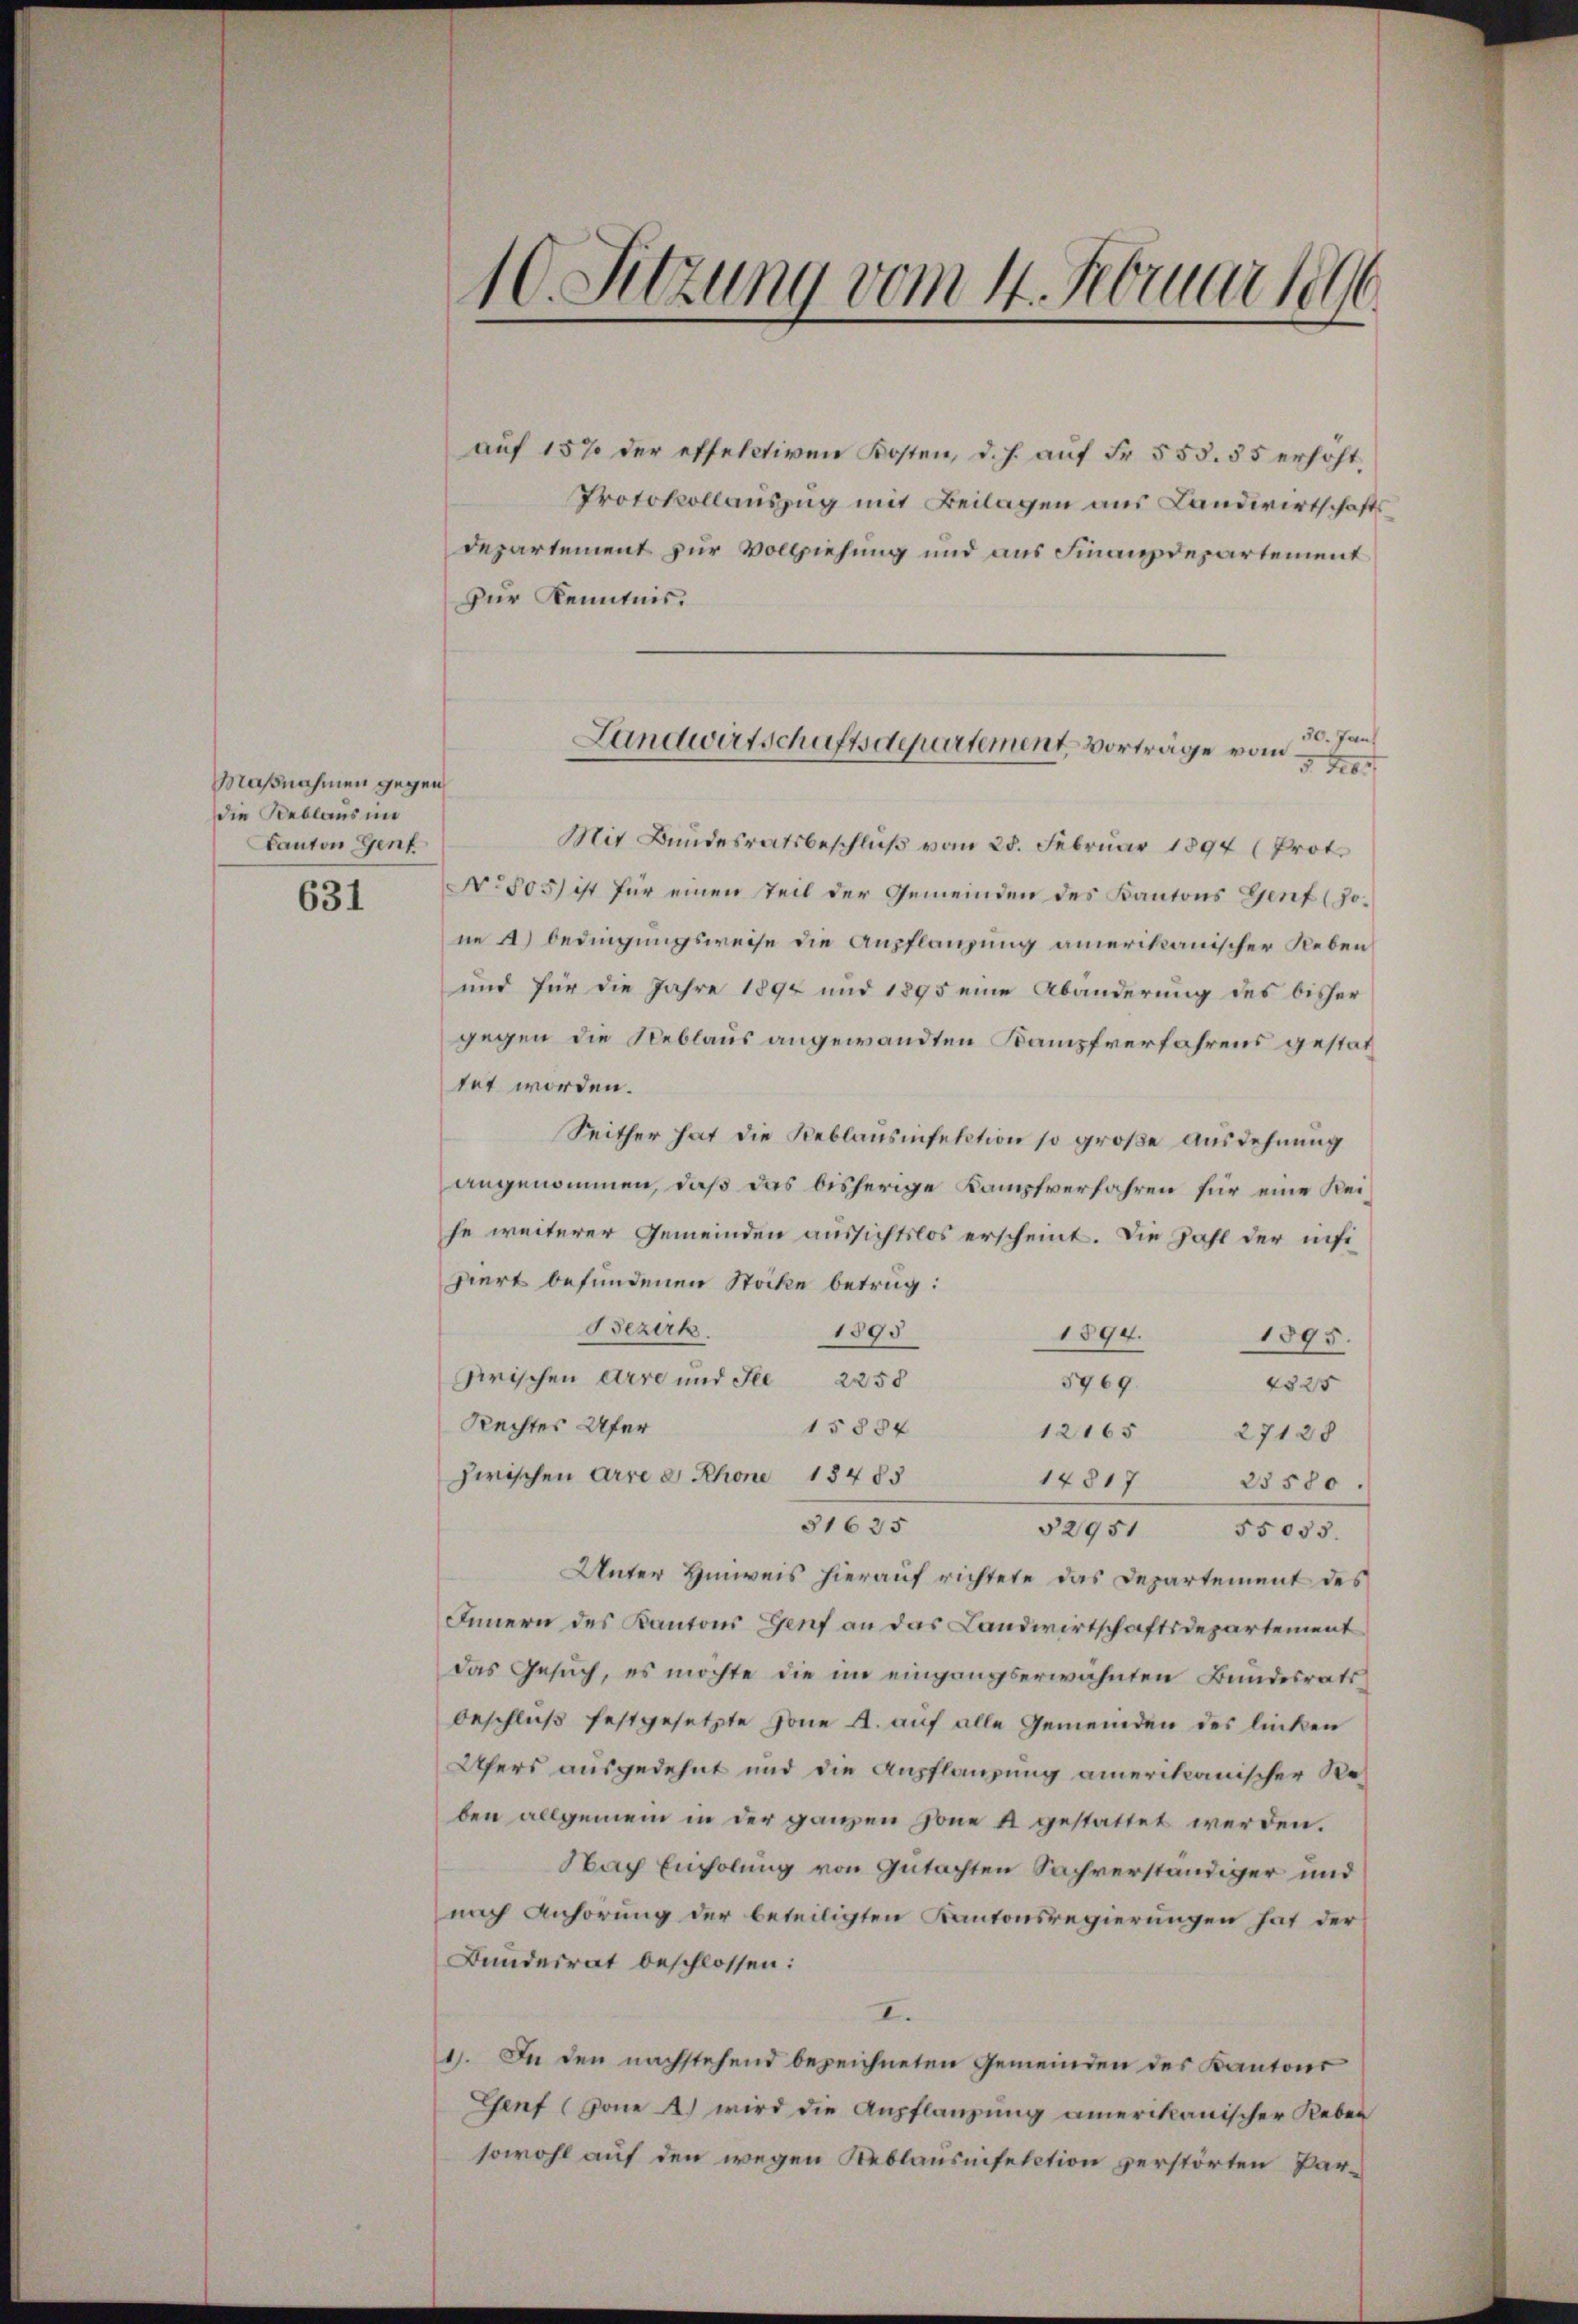
631

Maßnahmen gegen
die Reblaus in
Canton Genf

10. Sitzung vom 4. Februar 1816.

auf 15% der effectiven Kosten, d. h. aŭf Fr. 555. 55 erhöht,
Protokollauszug mit Beilagen aus Landwirtschafts
Departement zur Vollziehung und aus Finanzdepartement
zur Kenntnis.
Mit Bundesratsbeschluß vom 28. Februar 1894 (Prot.
No 805) ist für einen Teil der Gemeinden des Kantons Genf (Jone 4) bedingungsweise die Anpflanzung amerikanischer Neben
und für die Jahre 1894 und 1895 eine Abänderung des bisher
gegen die Reblaus angewandten Kampfverfahrens gestattet worden.
Seither hat die Reblausinfektion so große Ausdehnung
angenommen, daß das bisherige Kampfverfahren für eine Reihe weiterer Gemeinden aussichtslos erscheint. Die Zahl der insipiert befundenen Stöcke betrug:
Bezirk
1895
1894.
1895.
zerischen Arre und See 2250
5969.
4525
Rechtes Ufer
15884
12165 27128
zwischen Arre e Rhone 13485
14817 25580.
31635
12901000.
Unter Hinweis hierauf richtete das Departement des
Innern des Kantons Genf an das Landwirtschaftsdepartement
das Gesuch, es möchte die im eingangserwähnten Bundesrats
beschluß festgesetzte Jone A. auf alle Gemeinden des linken
Ufers ausgedehnt und die Ausflanzung amerikanischer Reben allgemein in der ganzen Zone 4 gestattet werden.
Nach Einholung von Gutachten Sachverständiger und
nach Anhörung der beteiligten Kantonsregierungen hat der
Bundesrat beschlossen:
II.
1. In den nachstehend bezeichneten Gemeinden des Kantons
Genf (von A. wird die Anpflanzung amerikanischer Leben
sowohl auf den wegen Reblausnisetation verstörten Par¬

30. Jan.
Landwirtschaftsdepartement vorträge vom
3 40